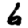
Digit: 6